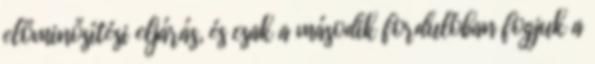
előminősítési eljárás, és csak a második fordulóban fogjuk a